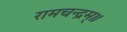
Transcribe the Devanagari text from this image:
रामचन्द्रम्॥